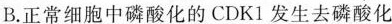
B.正常细胞中磷酸化的CDK1发生去磷酸化